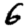
Digit: 6